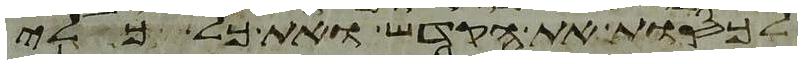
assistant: לכסות את הקדש ואת כל כלי